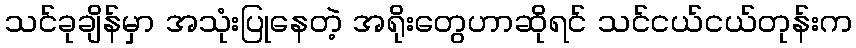
သင်ခုချိန်မှာ အသုံးပြုနေတဲ့ အရိုးတွေဟာဆိုရင် သင်ငယ်ငယ်တုန်းက